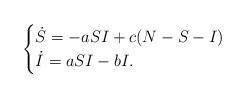
LaTeX: \begin{align*} \begin{cases} \dot S = -aSI+c(N-S-I) \\ \dot I = aSI-bI .\end{cases}\end{align*}